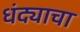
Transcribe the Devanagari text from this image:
धंद्याचा